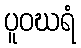
ပူဝဃရံ